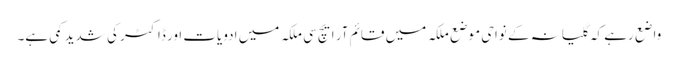
واضع رہے کہ گلیانہ کے نواحی موضع ملکہ میں قائم آر ایچ سی ملکہ میں ادویات اور ڈاکٹر کی شدید کمی ہے۔